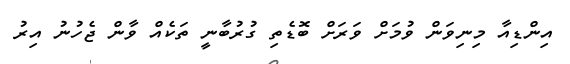
އިންޑިއާ މިނިވަން ވުމަށް ވަރަށް ބޮޑެތި ގުރުބާނީ ތަކެއް ވާން ޖެހުނު އިރު